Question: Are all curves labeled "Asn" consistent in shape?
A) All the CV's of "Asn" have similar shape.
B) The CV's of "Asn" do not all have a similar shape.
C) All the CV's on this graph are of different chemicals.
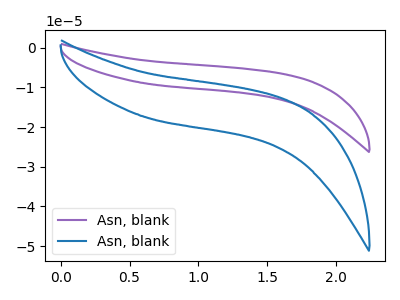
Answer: <think>The purple curve "Asn, blank1" has no peaks. The blue curve "Asn, blank2" has no peaks.
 Neither "Asn, blank1" or "Asn, blank2" have any peaks.</think>
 <answer>A) All the CV's of "Asn" have similar shape.</answer>
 <eval>A</eval>